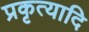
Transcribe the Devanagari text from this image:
प्रकृत्यादि